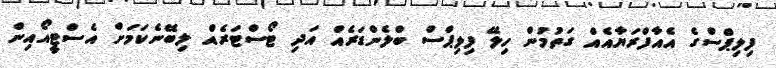
ފިލިޕްސްގެ އެއާފްރަޔާއެއް ގަތުމުން ހިލޭ ފިލިޕްސް ބްލެންޑަރެއް އަދި ޓޯސްޓަރެއް ލިބޭނެކަމަށް އެސްޓީއޯއިން